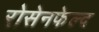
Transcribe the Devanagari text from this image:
रोसेनफेल्द